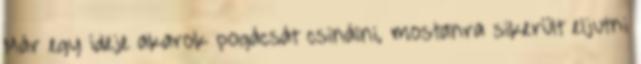
Már egy ideje akarok pogácsát csinálni, mostanra sikerült eljutni